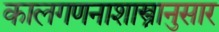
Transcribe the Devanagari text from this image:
कालगणनाशास्त्रानुसार